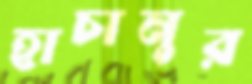
হাচানুর